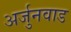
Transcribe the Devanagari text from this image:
अर्जुनवाड